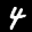
Label: 4